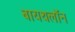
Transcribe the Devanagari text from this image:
बायथलॉन